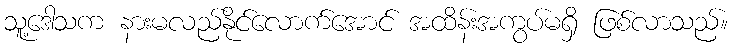
သူ့ဒေါသက နားမလည်နိုင်လောက်အောင် အထိန်းအကွပ်မရှိ ဖြစ်လာသည်။